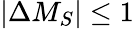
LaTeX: |\Delta M_{S}|\le 1